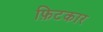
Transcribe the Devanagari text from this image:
फ़िटकार